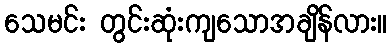
သေမင်း တွင်းဆုံးကျသောအချိန်လား။